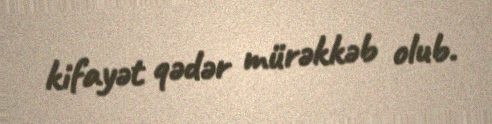
kifayət qədər mürəkkəb olub.